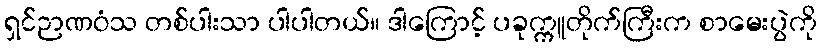
ရှင်ဉာဏဝံသ တစ်ပါးသာ ပါပါတယ်။ ဒါကြောင့် ပခုက္ကူတိုက်ကြီးက စာမေးပွဲကို